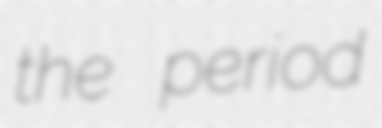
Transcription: the period